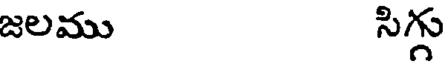
జలము సిగ్గు